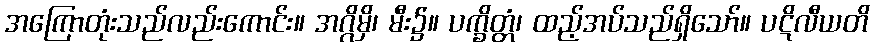
အကြောတုံးသည်လည်းကောင်း။ အဂ္ဂိမှိ၊ မီး၌။ ပက္ခိတ္တံ၊ ထည့်အပ်သည်ရှိသော်။ ပဋိလီယတိ